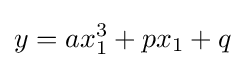
y=ax_{1}^{3}+px_{1}+q